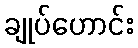
ချုပ်ဟောင်း